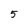
Character: 5